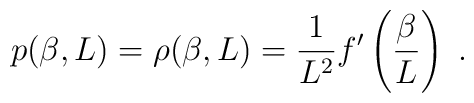
p(\beta,L)=\rho(\beta,L)=  \frac{1}{L^{2}}f'\left(\frac{\beta}{L}\right)\;.